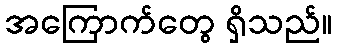
အကြောက်တွေ ရှိသည်။